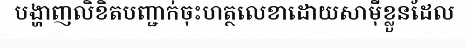
បង្ហាញលិខិតបញ្ជាក់ចុះហត្ថលេខាដោយសាម៉ីខ្លួនដែល